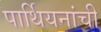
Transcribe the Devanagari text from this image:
पार्थियनांची